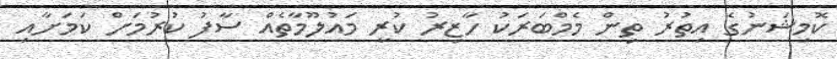
ކޮމިޝަނުގެ އިތުރު ތިން މެމްބަރަކު ހާޒިރު ކުރީ މައުލޫމާތެއް ސާފު ކުރުމަށް ކަމަށާއި